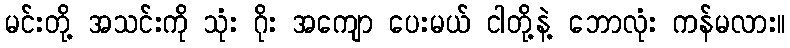
မင်းတို့ အသင်းကို သုံး ဂိုး အကျော ပေးမယ် ငါတို့နဲ့ ဘောလုံး ကန်မလား။